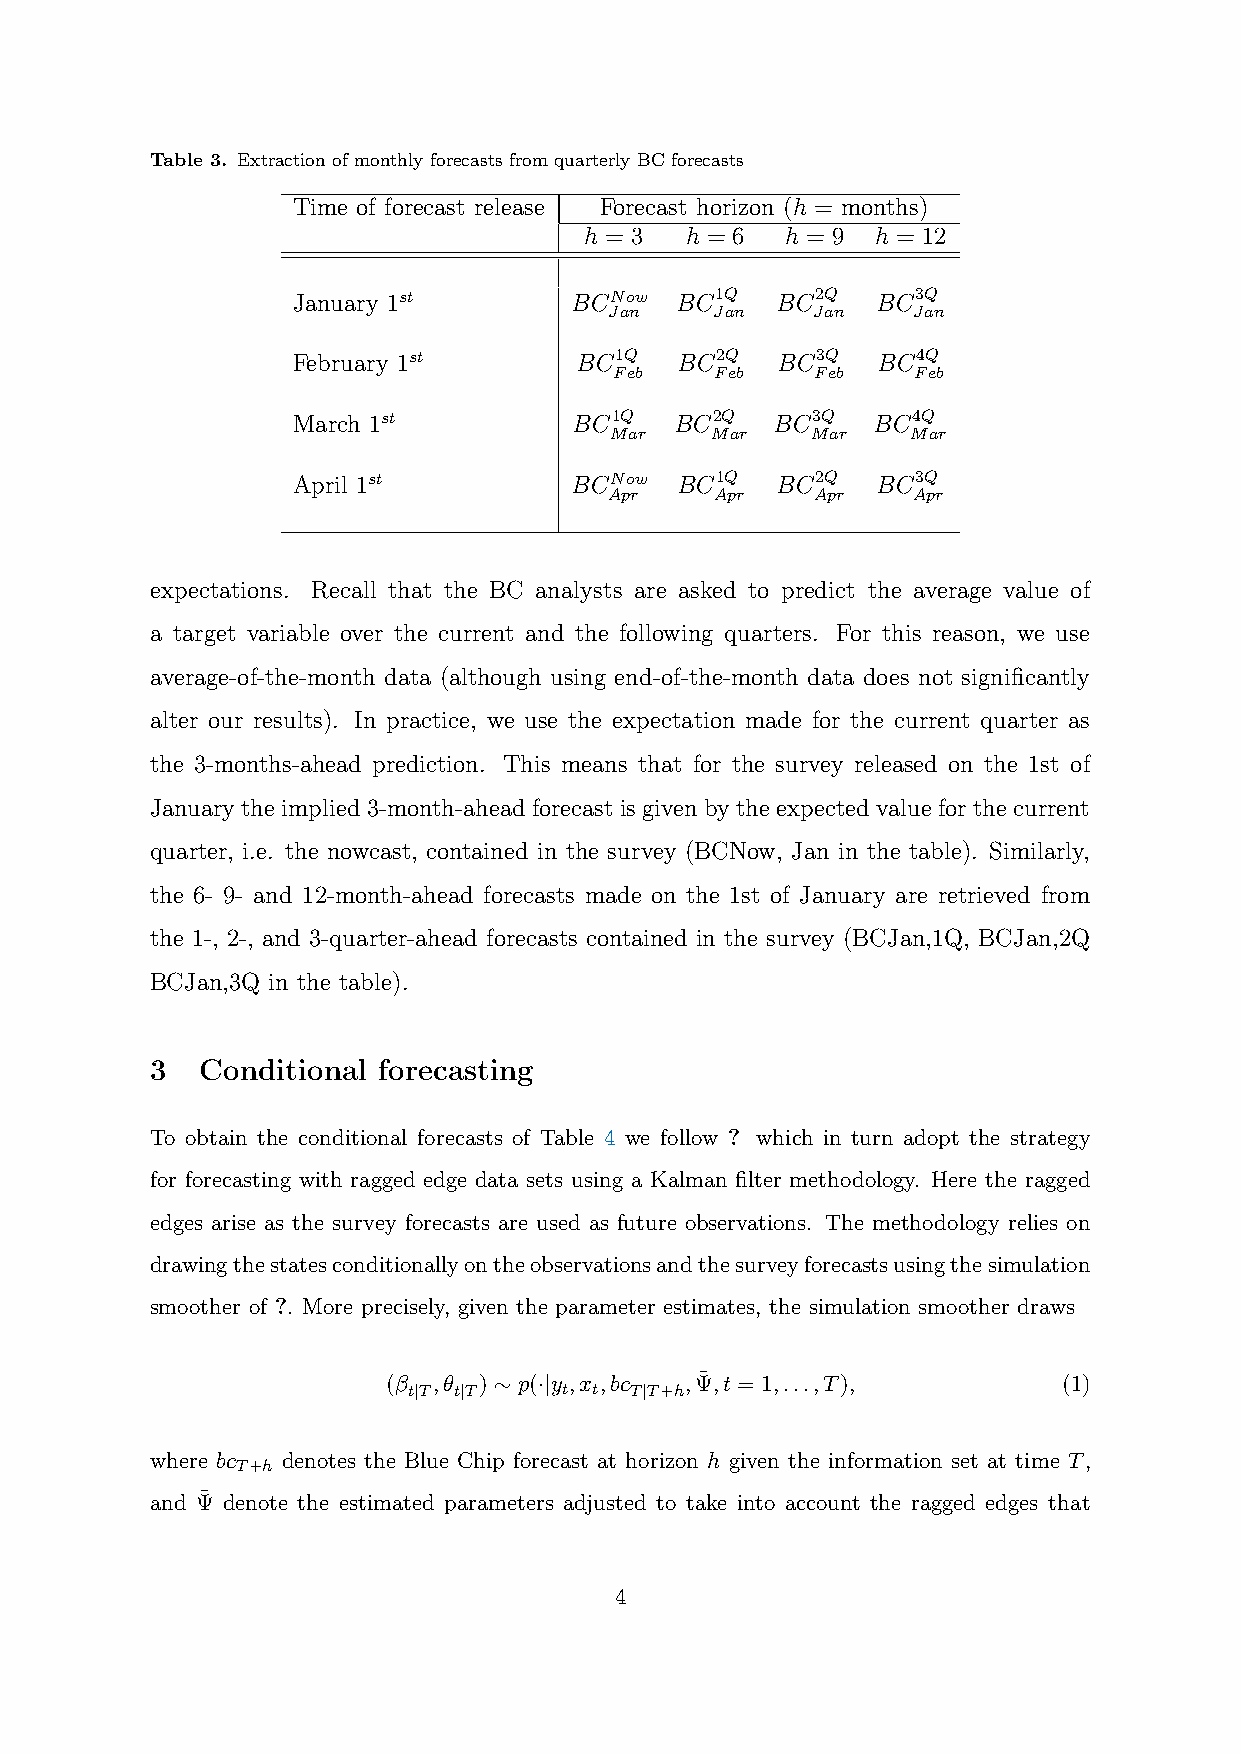
Table 3. Extraction of monthly forecasts from quarterly BC forecasts
 Time of forecast release Forecast horizon (h = months)
 h = 3 h = 6  h = 9 h = 12
 January 1st        BCNow  BC1Q  BC2Q   BC3Q
 Jan    Jan    Jan   Jan
 February 1st       BC1Q   BC2Q  BC3Q   BC4Q
 Feb   Feb    Feb   Feb
 March 1st          BC1Q   BC2Q  BC3Q   BC4Q
 Mar    Mar    Mar   Mar
 April 1st          BCNow  BC1Q  BC2Q   BC3Q
 Apr    Apr    Apr   Apr
 expectations. Recall that the BC analysts are asked to predict the average value of
 a target variable over the current and the following quarters. For this reason, we use
 average-of-the-month data (although using end-of-the-month data does not significantly
 alter our results). In practice, we use the expectation made for the current quarter as
 the 3-months-ahead prediction. This means that for the survey released on the 1st of
 January the implied 3-month-ahead forecast is given by the expected value for the current
 quarter, i.e. the nowcast, contained in the survey (BCNow, Jan in the table). Similarly,
 the 6- 9- and 12-month-ahead forecasts made on the 1st of January are retrieved from
 the 1-, 2-, and 3-quarter-ahead forecasts contained in the survey (BCJan,1Q, BCJan,2Q
 BCJan,3Q in the table).
 3  Conditional forecasting
 To obtain the conditional forecasts of Table 4 we follow ? which in turn adopt the strategy
 for forecasting with ragged edge data sets using a Kalman filter methodology. Here the ragged
 edges arise as the survey forecasts are used as future observations. The methodology relies on
 drawingthestatesconditionallyontheobservationsandthesurveyforecastsusingthesimulation
 smoother of ?. More precisely, given the parameter estimates, the simulation smoother draws
 (β ,θ ) ∼ p(·|y ,x ,bc ,Ψ¯,t = 1,...,T),    (1)
 t|T t|T   t t  T|T+h
 where bc denotes the Blue Chip forecast at horizon h given the information set at time T,
 T+h
 and Ψ¯ denote the estimated parameters adjusted to take into account the ragged edges that
 4